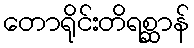
တောရိုင်းတိရစ္ဆာန်